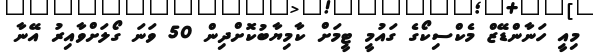
މިއީ ހަނާންޑޭޒް މެކްސިކޯގެ ގައުމީ ޓީމަށް ކާމިޔާބުކޮށްދިން 50 ވަނަ ގޯލަށްވާއިރު އޭނާ